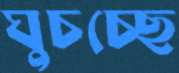
ঘুচচ্ছে